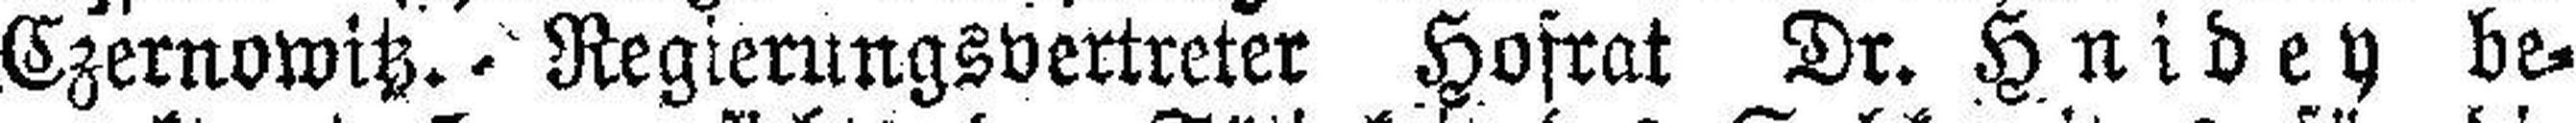
Czernowitz. Regierungsvertreter Hofrat Dr. Hnidey be¬